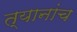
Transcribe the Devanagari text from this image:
त्यानांच